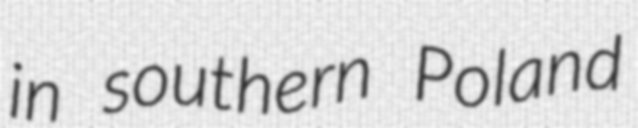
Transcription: in southern Poland